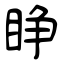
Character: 睁